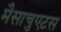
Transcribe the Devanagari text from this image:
मैसाचुएटस